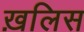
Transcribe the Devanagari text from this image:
ख़लिस